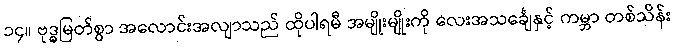
၁၄။ ဗုဒ္ဓမြတ်စွာ အလောင်းအလျာသည် ထိုပါရမီ အမျိုးမျိုးကို လေးအသင်္ချေနှင့် ကမ္ဘာ တစ်သိန်း